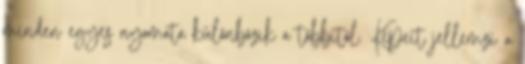
minden egyes nyomata különbözik a többitől. Képeit jellemzi a